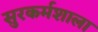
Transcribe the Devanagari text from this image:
सुरकर्मशाला